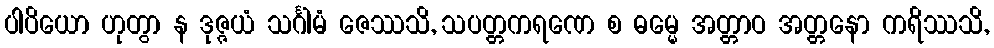
ပါပိယော ဟုတွာ န ဒုဇ္ဇယံ သင်္ဂါမံ ဇေဿသိ, သပတ္တကရဏေ စ ဓမ္မေ အတ္တာဝ အတ္တနော ကရိဿသိ,